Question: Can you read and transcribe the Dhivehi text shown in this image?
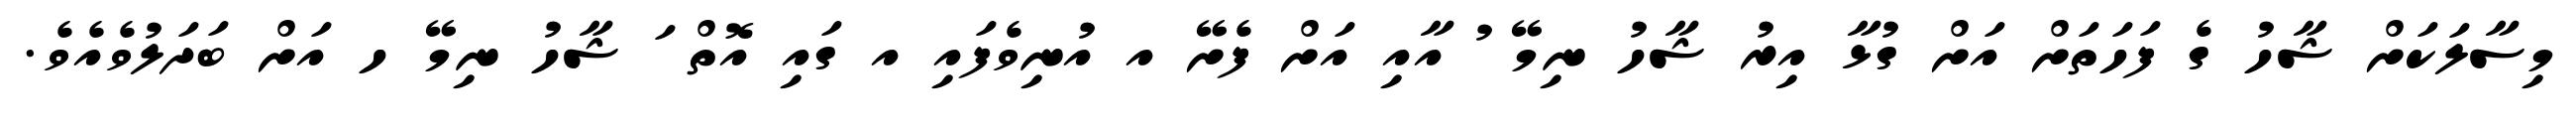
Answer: މިސާލަކަށް ޝާހު ގެ ފަހަތަށް އަށް ގުޅާ އިރު ޝާހު ނިމޭ ު އާއި އަށް ފެށޭ އ އުނިވެފައި އ ގައި އޮތް ަ ޝާހު ނިމޭ ހ އަށް ބަދަލުވެއެވެ.